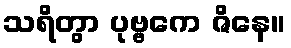
သရိတွာ ပုဗ္ဗကေ ဇိနေ။